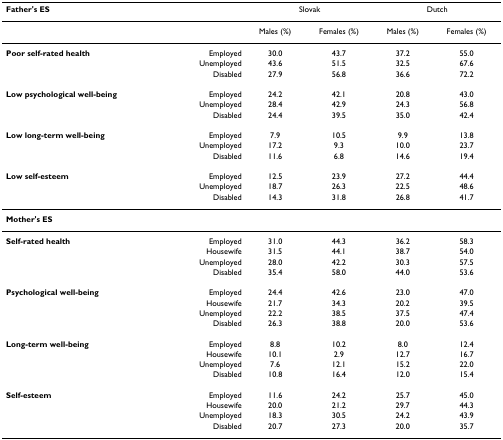
<table><thead><tr><td colspan="2"><b>Father&#x27;s ES</b></td><td colspan="2"><b>Slovak</b></td><td colspan="2"><b>Dutch</b></td></tr></thead><tbody><tr><td></td><td></td><td>Males (%)</td><td>Females (%)</td><td>Males (%)</td><td>Females (%)</td></tr><tr><td><b>Poor self-rated health</b></td><td>Employed</td><td>30.0</td><td>43.7</td><td>37.2</td><td>55.0</td></tr><tr><td></td><td>Unemployed</td><td>43.6</td><td>51.5</td><td>32.5</td><td>67.6</td></tr><tr><td></td><td>Disabled</td><td>27.9</td><td>56.8</td><td>36.6</td><td>72.2</td></tr><tr><td><b>Low psychological well-being</b></td><td>Employed</td><td>24.2</td><td>42.1</td><td>20.8</td><td>43.0</td></tr><tr><td></td><td>Unemployed</td><td>28.4</td><td>42.9</td><td>24.3</td><td>56.8</td></tr><tr><td></td><td>Disabled</td><td>24.4</td><td>39.5</td><td>35.0</td><td>42.4</td></tr><tr><td><b>Low long-term well-being</b></td><td>Employed</td><td>7.9</td><td>10.5</td><td>9.9</td><td>13.8</td></tr><tr><td></td><td>Unemployed</td><td>17.2</td><td>9.3</td><td>10.0</td><td>23.7</td></tr><tr><td></td><td>Disabled</td><td>11.6</td><td>6.8</td><td>14.6</td><td>19.4</td></tr><tr><td><b>Low self-esteem </b></td><td>Employed</td><td>12.5</td><td>23.9</td><td>27.2</td><td>44.4</td></tr><tr><td></td><td>Unemployed</td><td>18.7</td><td>26.3</td><td>22.5</td><td>48.6</td></tr><tr><td></td><td>Disabled</td><td>14.3</td><td>31.8</td><td>26.8</td><td>41.7</td></tr><tr><td colspan="6"><b>Mother&#x27;s ES</b></td></tr><tr><td><b>Self-rated health</b></td><td>Employed</td><td>31.0</td><td>44.3</td><td>36.2</td><td>58.3</td></tr><tr><td></td><td>Housewife</td><td>31.5</td><td>44.1</td><td>38.7</td><td>54.0</td></tr><tr><td></td><td>Unemployed</td><td>28.0</td><td>42.2</td><td>30.3</td><td>57.5</td></tr><tr><td></td><td>Disabled</td><td>35.4</td><td>58.0</td><td>44.0</td><td>53.6</td></tr><tr><td><b>Psychological well-being</b></td><td>Employed</td><td>24.4</td><td>42.6</td><td>23.0</td><td>47.0</td></tr><tr><td></td><td>Housewife</td><td>21.7</td><td>34.3</td><td>20.2</td><td>39.5</td></tr><tr><td></td><td>Unemployed</td><td>22.2</td><td>38.5</td><td>37.5</td><td>47.4</td></tr><tr><td></td><td>Disabled</td><td>26.3</td><td>38.8</td><td>20.0</td><td>53.6</td></tr><tr><td><b>Long-term well-being</b></td><td>Employed</td><td>8.8</td><td>10.2</td><td>8.0</td><td>12.4</td></tr><tr><td></td><td>Housewife</td><td>10.1</td><td>2.9</td><td>12.7</td><td>16.7</td></tr><tr><td></td><td>Unemployed</td><td>7.6</td><td>12.1</td><td>15.2</td><td>22.0</td></tr><tr><td></td><td>Disabled</td><td>10.8</td><td>16.4</td><td>12.0</td><td>15.4</td></tr><tr><td><b>Self-esteem </b></td><td>Employed</td><td>11.6</td><td>24.2</td><td>25.7</td><td>45.0</td></tr><tr><td></td><td>Housewife</td><td>20.0</td><td>21.2</td><td>29.7</td><td>44.3</td></tr><tr><td></td><td>Unemployed</td><td>18.3</td><td>30.5</td><td>24.2</td><td>43.9</td></tr><tr><td></td><td>Disabled</td><td>20.7</td><td>27.3</td><td>20.0</td><td>35.7</td></tr></tbody></table>